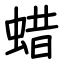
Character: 蜡